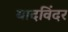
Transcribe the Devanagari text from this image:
यादविंदर